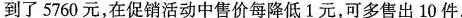
到了5760元，在促销活动中售价每降低1元，可多售出10件。